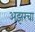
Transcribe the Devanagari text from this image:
अझरचा